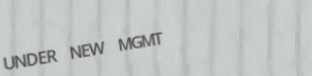
UNDER NEW MGMT